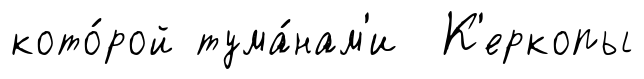
кото́рой тума́нам'и К'еркопы